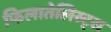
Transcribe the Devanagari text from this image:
फिलातेलिस्ट्स